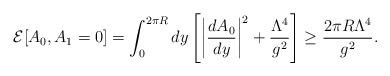
LaTeX: \begin{align*}{\cal E}[A_0, A_1=0] = \int_{0}^{2\pi R}dy\left[\bigg|\frac{dA_0}{dy}\bigg|^2 + \frac{\Lambda^4}{g^2} \right ] \geq\frac{2\pi R \Lambda^4}{g^2}.\end{align*}